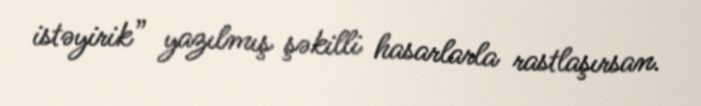
istəyirik” yazılmış şəkilli hasarlarla rastlaşırsan.